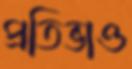
প্রতিভাও